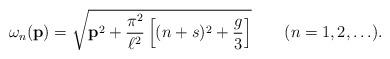
LaTeX: \begin{align*}\omega_n({\bf p})=\sqrt{{\bf p}^2+\frac{\pi^2}{\ell^2}\left[(n+s)^2+\frac{g}{3}\right]}\qquad(n=1,2,\ldots).\end{align*}